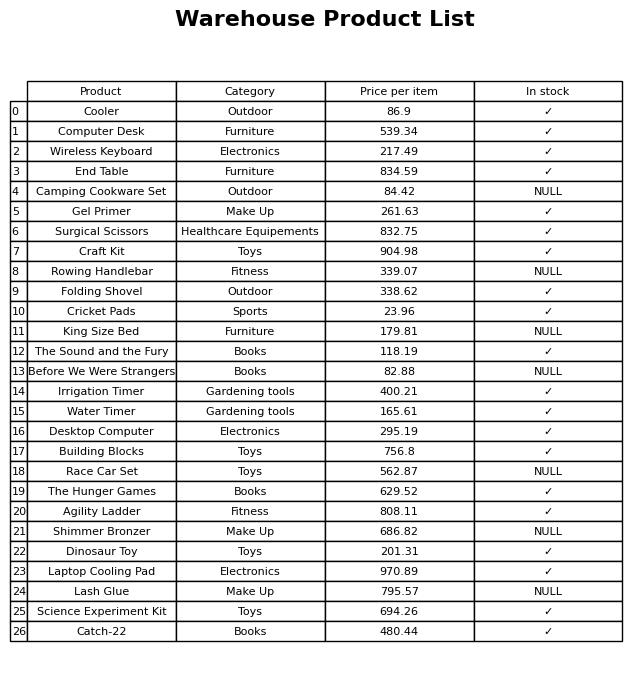
question: What is the price of the Catch-22?
answer: The price of Catch-22 is 480.44.